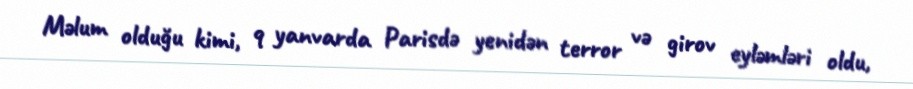
Məlum olduğu kimi, 9 yanvarda Parisdə yenidən terror və girov eyləmləri oldu,